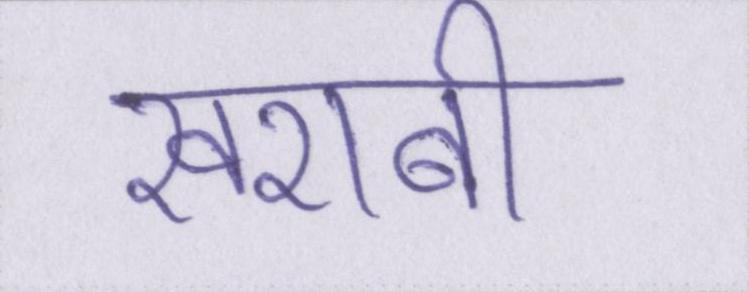
खराबी